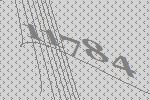
11784